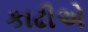
કાઢીએ